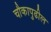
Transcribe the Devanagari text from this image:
चौकापुढील